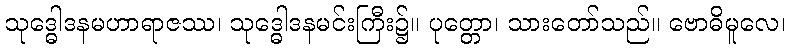
သုဒ္ဓေါဒနမဟာရာဇဿ၊ သုဒ္ဓေါဒနမင်းကြီး၌။ ပုတ္တော၊ သားတော်သည်။ ဗောဓိမူလေ၊